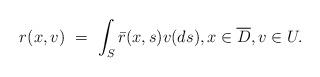
LaTeX: \begin{align*}r(x, v) \ = \ \int_S \Bar{r}(x, s) v(ds), x \in \overline{D}, v \in U.\end{align*}